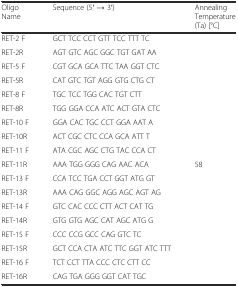
| Oligo Name | Sequence (5′ → 3′) | Annealing Temperature (Ta) [°C] |
 | --- | --- | --- |
 | RET-2 F | GCT TCC CCT GTT TCC TTT TC |  |
 | RET-2R | AGT GTC AGC GGC TGT GAT AA |  |
 | RET-5 F | CGT GCA GCA TTC TAA GGT CTC |  |
 | RET-5R | CAT GTC TGT AGG GTG CTG CT |  |
 | RET-8 F | TGC TCC TGG CAC TGT CTT |  |
 | RET-8R | TGG GGA CCA ATC ACT GTA CTC |  |
 | RET-10 F | GGA CAC TGC CCT GGA AAT A |  |
 | RET-10R | ACT CGC CTC CCA GCA ATT T |  |
 | RET-11 F | ATA CGC AGC CTG TAC CCA CT |  |
 | RET-11R | AAA TGG GGG CAG AAC ACA | 58 |
 | RET-13 F | CCA TCC TGA CCT GGT ATG GT |  |
 | RET-13R | AAA CAG GGC AGG AGC AGT AG |  |
 | RET-14 F | GTC CAC CCC CTT ACT CAT TG |  |
 | RET-14R | GTG GTG AGC CAT AGC ATG G |  |
 | RET-15 F | CCC CCG GCC CAG GTC TC |  |
 | RET-15R | GCT CCA CTA ATC TTC GGT ATC TTT |  |
 | RET-16 F | TCT CCT TTA CCC CTC CTT CC |  |
 | RET-16R | CAG TGA GGG GGT CAT TGC |  |